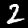
Digit: 2